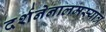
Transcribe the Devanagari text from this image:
दर्शनेनालमस्यात्र